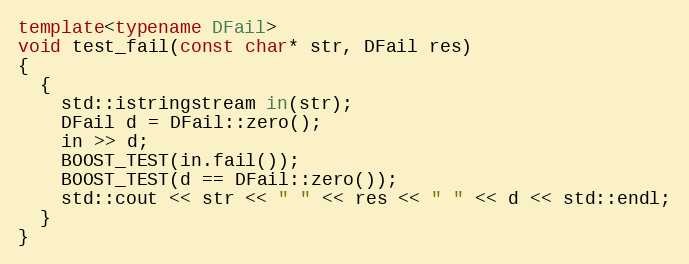
Language: C++
template<typename DFail>
void test_fail(const char* str, DFail res)
{
  {
    std::istringstream in(str);
    DFail d = DFail::zero();
    in >> d;
    BOOST_TEST(in.fail());
    BOOST_TEST(d == DFail::zero());
    std::cout << str << " " << res << " " << d << std::endl;
  }
}